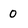
Character: 0